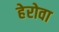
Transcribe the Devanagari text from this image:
हेरोवा